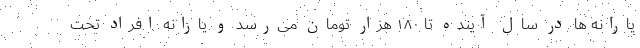
یارانه ها در سال آینده تا ۱۸۰ هزار تومان می‌رسد و یارانه افراد تحت